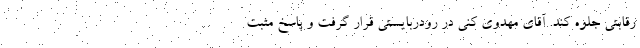
رقابتی جلوه کند. آقای مهدوی کنی در رودربایستی قرار گرفت و پاسخ مثبت